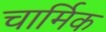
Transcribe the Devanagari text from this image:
चार्मिक